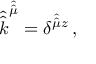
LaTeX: { \hat { \hat { k } } } ^ { \hat { \hat { \mu } } } = \delta ^ { { \hat { \hat { \mu } } } z } \, ,